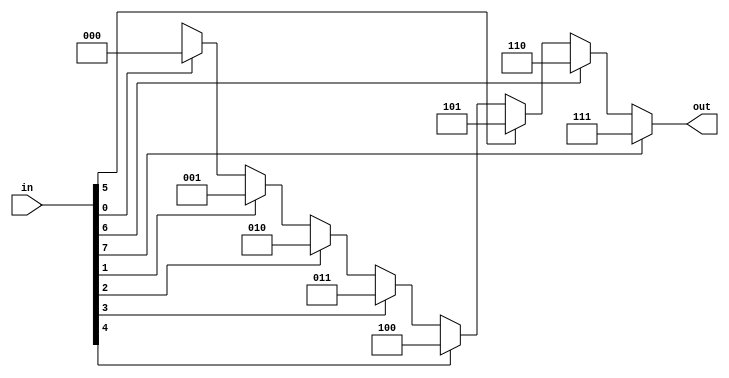
module pri_enc(in,out);
input [7:0] in;
output reg [2:0] out;
always @(in)
begin
if(in[7] == 1) out = 3'd7;
else if(in[6] == 1) begin out = 3'd6;end
else if(in[5] == 1) begin out = 3'd5;end
else if(in[4] == 1) begin out = 3'd4;end
else if(in[3] == 1)begin out = 3'd3;end
else if(in[2] == 1)begin out = 3'd2;end
else if(in[1] == 1)begin out = 3'd1;end
else if(in[0] == 1)begin out = 3'd0;end
else out = 3'dx;
end
endmodule